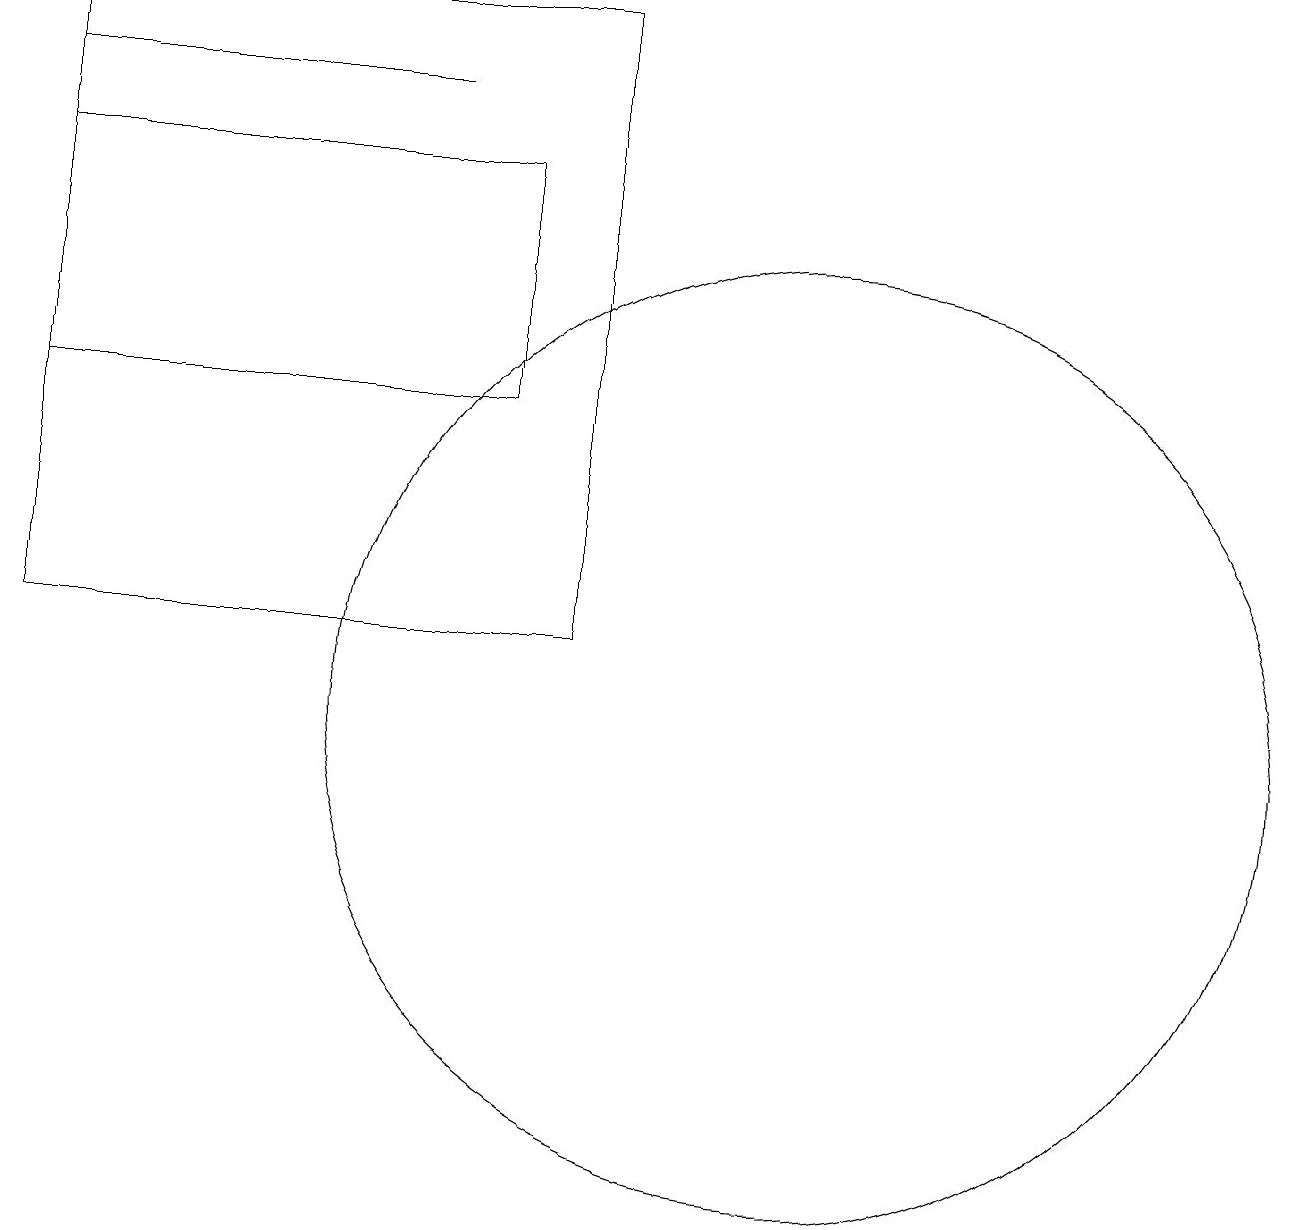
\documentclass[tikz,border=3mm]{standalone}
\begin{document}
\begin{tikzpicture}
\draw (11,10) circle (6);
\draw (7,14) rectangle (1,17);
\draw (1,19) rectangle (8,11);
\draw (1,18) rectangle (6,18);
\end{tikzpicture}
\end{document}